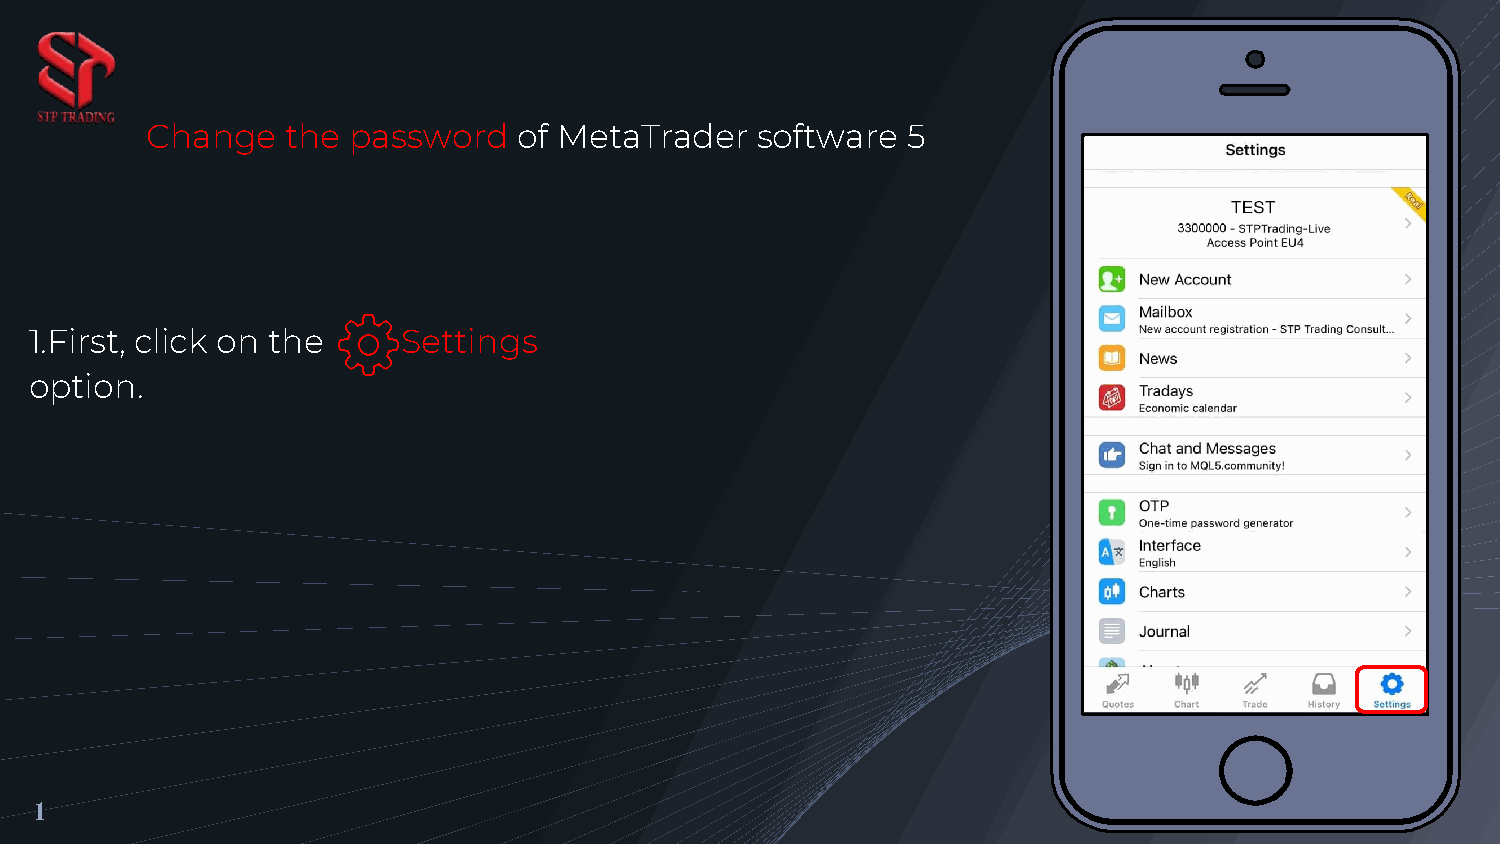
Change   the password   of MetaTrader   software  5
 1.First, click on the    Settings
 option.
 1